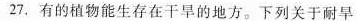
27.有的植物能生存在干旱的地方。下列关于耐旱